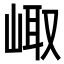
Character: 𡸨